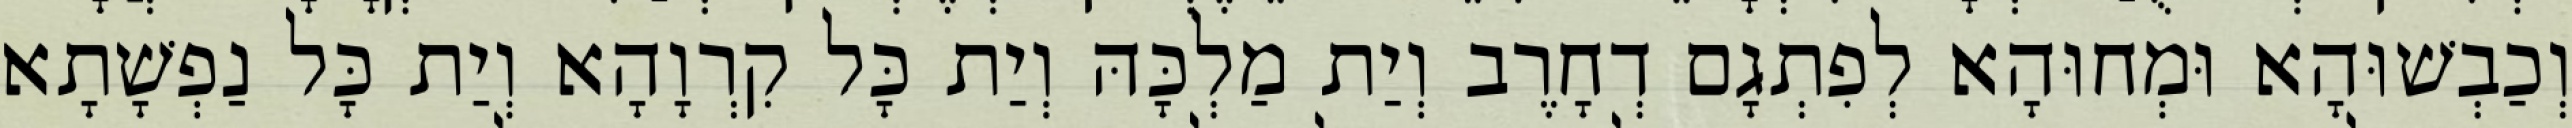
וְכַבְשׁוּהָא וּמְחוּהָא לְפִתְגָם דְחָרֶב וְיַת מַלְכָּהּ וְיַת כָּל קִרְוָהָא וְיַת כָּל נַפְשָׁתָא